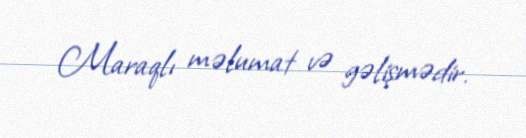
Maraqlı məlumat və gəlişmədir.